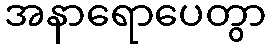
အနာရောပေတွာ